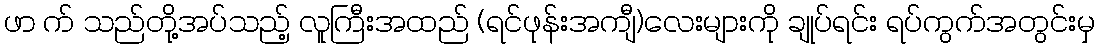
ဖာ က် သည်တို့အပ်သည့် လူကြီးအထည် (ရင်ဖုန်းအကျီ)လေးများကို ချုပ်ရင်း ရပ်ကွက်အတွင်းမှ